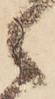
ら